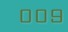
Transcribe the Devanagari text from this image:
००९